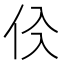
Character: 𠇒